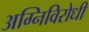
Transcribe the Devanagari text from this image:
अग्निविरोधी